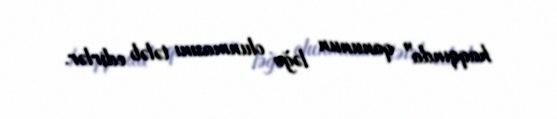
haqqında" qanunun ləğv olunmasını tələb edirlər.